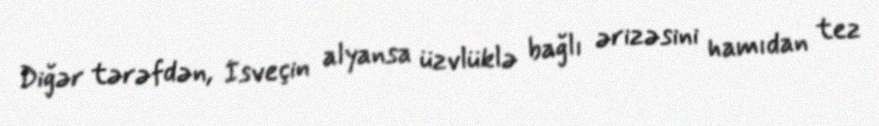
Diğər tərəfdən, İsveçin alyansa üzvlüklə bağlı ərizəsini hamıdan tez